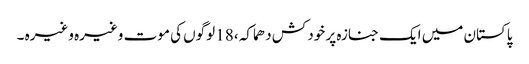
پاکستان میں ایک جنازہ پر خود کش دھماکہ ،18 لوگوں کی موت وغیرہ وغیرہ ۔